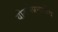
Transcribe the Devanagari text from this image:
योजनेप्रमाणेच